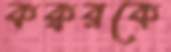
কক্বরকে